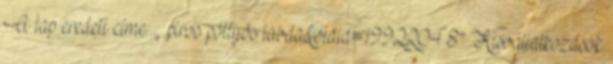
A lap eredeti címe: „ piros pöttyös labda&oldid=19922048” Kisvállalkozások